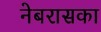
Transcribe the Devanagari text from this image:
नेबरासका